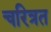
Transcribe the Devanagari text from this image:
चरित्रत